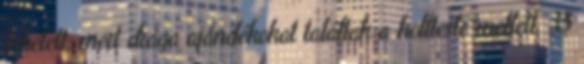
lehetett, mert drága ajándékokat találtak a holtteste mellett. 35